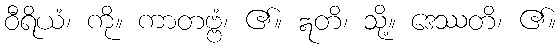
ဝီရိယံ၊ ကို။ ကာတဗ္ဗံ၊ ၏။ ဣတိ၊ သို့။ ဒေဿတိ၊ ၏။